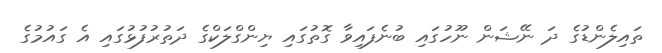
ތައިލެންޑުގެ ދަ ނޭޝަން ނޫހުގައި ބުނެފައިވާ ގޮތުގައި ޔިންގްލަކްގެ ދަތުރުފުޅުގައި އެ ގައުމުގެ